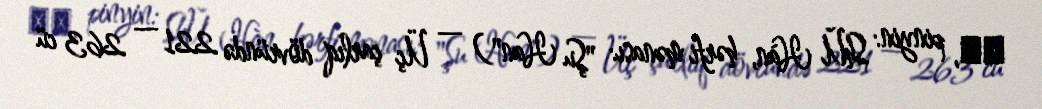
蜀汉, pinyin: Shǔ Hàn, hərfi mənası: "Şu Han") — Üç çarlıq dövründə 221 — 263 cü